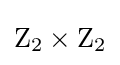
\mathrm {Z} _{2}\times \mathrm {Z} _{2}